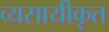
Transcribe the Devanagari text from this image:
व्यसायीकृत